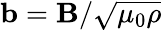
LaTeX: {\mathbf b}={\mathbf B}/\sqrt{\mu_{0}\rho}